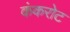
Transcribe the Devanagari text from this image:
कंकरोट